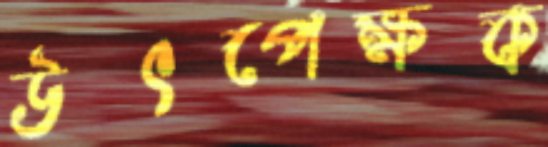
উৎপেক্ষক